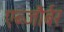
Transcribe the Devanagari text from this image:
एब्जौर्बर